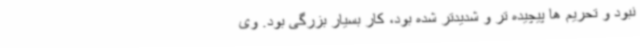
نبود و تحریم ها پیچیده تر و شدیدتر شده بود، کار بسیار بزرگی بود. وی